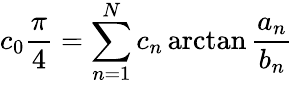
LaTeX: c_{0}{\frac{\pi}{4}}=\sum_{n=1}^{N}c_{n}\arctan{\frac{a_{n}}{b_{n}}}